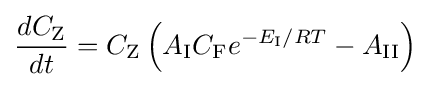
{\frac {dC_{\mathrm {Z} }}{dt}}=C_{\mathrm {Z} }\left(A_{\mathrm {I} }C_{\mathrm {F} }e^{-E_{\mathrm {I} }/RT}-A_{\mathrm {II} }\right)